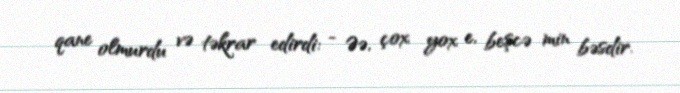
qane olmurdu və təkrar edirdi: - Əə, çox yox e, beşcə min bəsdir.